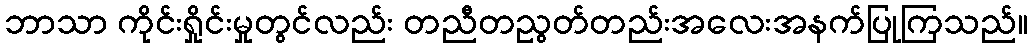
ဘာသာ ကိုင်းရှိုင်းမှုတွင်လည်း တညီတညွတ်တည်းအလေးအနက်ပြုကြသည်။